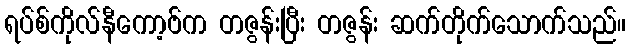
ရပ်စ်ကိုလ်နီကော့ဗ်က တဇွန်းပြီး တဇွန်း ဆက်တိုက်သောက်သည်။